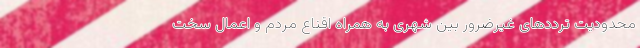
محدودیت ترددهای غیرضرور بین شهری به همراه اقناع مردم و اِعمال سخت